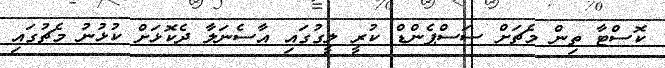
ކޮސްޓާ ތިން މެޗަށް ސަސްޕެންޑް ކުރީ ލީގުގައި އާސެނަލާ ދެކޮޅަށް ކުޅުނު މެޗުގައި